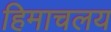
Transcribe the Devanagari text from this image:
हिमाचलय